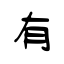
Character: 有